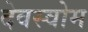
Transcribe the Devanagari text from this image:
देवस्‍वोम